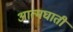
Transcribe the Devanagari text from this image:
अात्मघाती